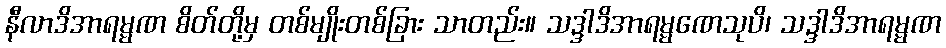
နီလာဒိအာရမ္မဏ စိတ်တို့မှ တစ်မျိုးတစ်ခြား သာတည်း။ သဒ္ဒါဒိအာရမ္မဏေသုပိ၊ သဒ္ဒါဒိအာရမ္မဏ